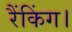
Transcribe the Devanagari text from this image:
रैंकिंग।